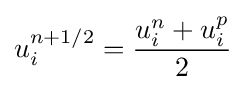
u_{i}^{n+1/2}={\frac {u_{i}^{n}+u_{i}^{p}}{2}}